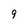
Character: 9